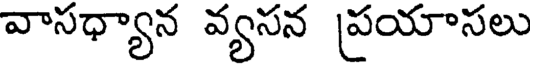
వాసధ్యాన వ్యసన ప్రయాసలు